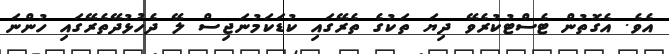
އެވެ. އެގޮތުން ޓެސްޓުކުރެވޭ ދިޔަ ތަކުގެ ތެރޭގައި ކުޑަކަމުނަޖިސް ލޭ ދެހުޅުދޭތެރޭގައި ހުންނަ